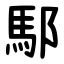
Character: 䣕